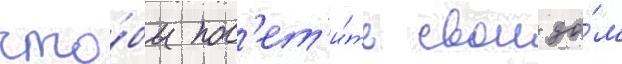
что́бы пос'ет'и́ть свои до́м